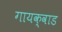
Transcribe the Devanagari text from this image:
गायक्वाड